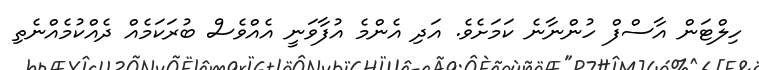
ހިލްޓަން އާސްފް ހުންނާނެ ކަމަށެވެ. އަދި އެންމެ އުފާވަނީ އެއްވެސް ބުރަކަމެއް ދެއްކުމެއްނެތި